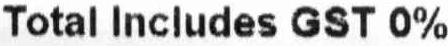
TOTAL INCLUDES GST 0%